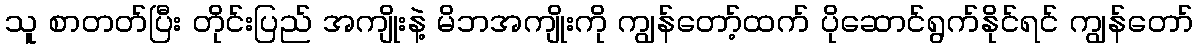
သူ စာတတ်ပြီး တိုင်းပြည် အကျိုးနဲ့ မိဘအကျိုးကို ကျွန်တော့်ထက် ပိုဆောင်ရွက်နိုင်ရင် ကျွန်တော်